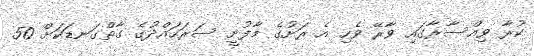
ކުރާ ވިއްސާރާގައި ވާރޭ ވެހި އެ ރަށުގެ މާފުށީ ސަރަހައްދުގެ ގާތްގަނޑަކަށް 50